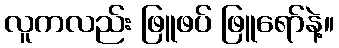
လူကလည်း ဖြူဖပ် ဖြူရော်နဲ့။